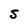
Character: S